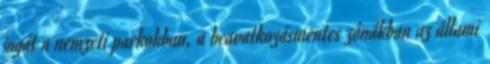
jogát a nemzeti parkokban, a beavatkozásmentes zónákban az állami